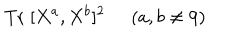
LaTeX: \mathrm { T r } \; [ X ^ { a } , X ^ { b } ] ^ { 2 } \; \; ( a , b \neq 9 )